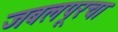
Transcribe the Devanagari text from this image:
जबलपूरचा